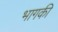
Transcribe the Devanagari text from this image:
भागकी